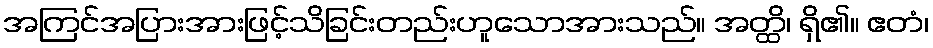
အကြင်အပြားအားဖြင့်သိခြင်းတည်းဟူသောအားသည်။ အတ္ထိ၊ ရှိ၏။ ဧတံ၊